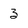
Character: 3